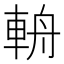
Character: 輈